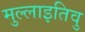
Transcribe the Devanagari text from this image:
मुल्लाइतिवु